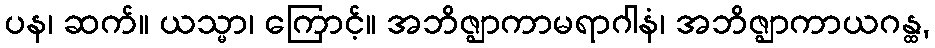
ပန၊ ဆက်။ ယသ္မာ၊ ကြောင့်။ အဘိဇ္ဈာကာမရာဂါနံ၊ အဘိဇ္ဈာကာယဂန္ထ,